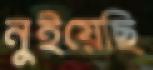
নুইয়েছি